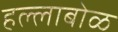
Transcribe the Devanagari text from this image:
हल्लाबोळ